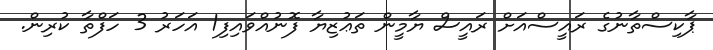
ޕާކިސްތާނުގެ ރައީސްއަށް ރައީސް ޔާމީން ތަޢުޒިޔާ ފޮނުއްވައިފި1 އަހަރު 3 ހަފްތާ ކުރިން.